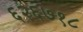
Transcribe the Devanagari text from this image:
६२६७१८